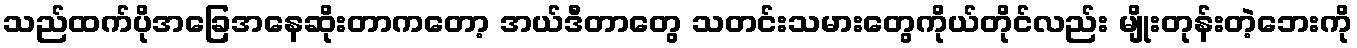
သည်ထက်ပိုအခြေအနေဆိုးတာကတော့ အယ်ဒီတာတွေ သတင်းသမားတွေကိုယ်တိုင်လည်း မျိုးတုန်းတဲ့ဘေးကို